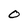
Character: O